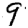
Digit: 9